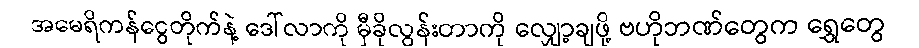
အမေရိကန်ငွေတိုက်နဲ့ ဒေါ်လာကို မှီခိုလွန်းတာကို လျှော့ချဖို့ ဗဟိုဘဏ်တွေက ရွှေတွေ